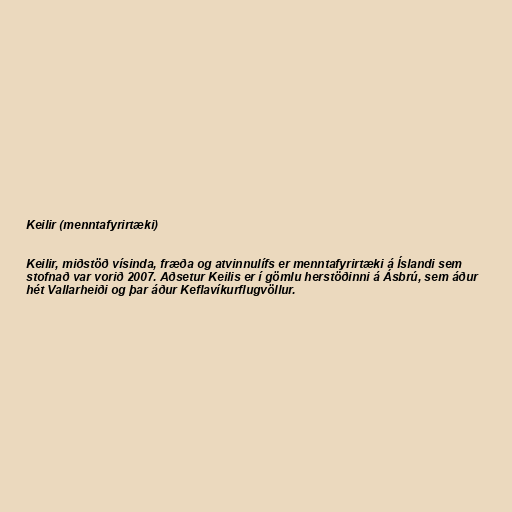
Keilir (menntafyrirtæki)

Keilir, miðstöð vísinda, fræða og atvinnulífs er menntafyrirtæki á Íslandi sem
stofnað var vorið 2007. Aðsetur Keilis er í gömlu herstöðinni á Ásbrú, sem áður
hét Vallarheiði og þar áður Keflavíkurflugvöllur.